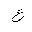
Letter: _ayn